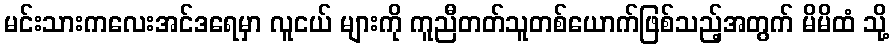
မင်းသားကလေးအင်ဒရေမှာ လူငယ် များကို ကူညီတတ်သူတစ်ယောက်ဖြစ်သည့်အတွက် မိမိထံ သို့